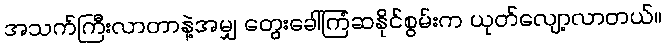
အသက်ကြီးလာတာနဲ့အမျှ တွေးခေါ်ကြံဆနိုင်စွမ်းက ယုတ်လျော့လာတယ်။